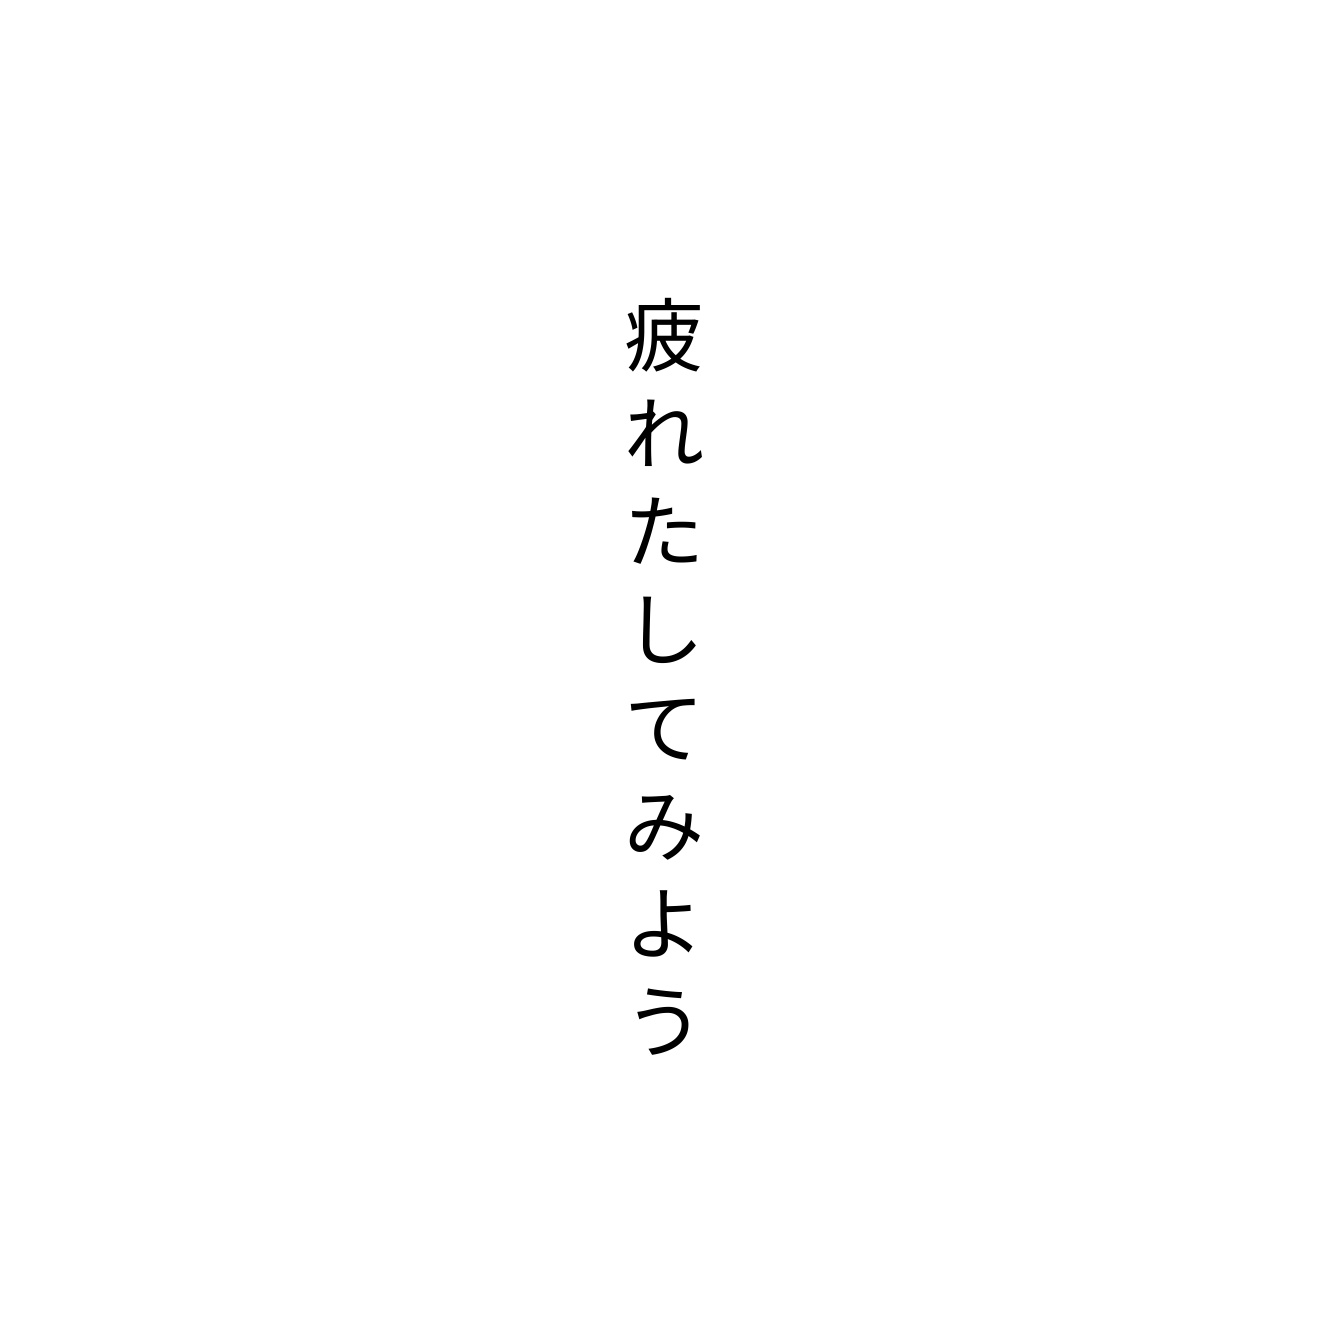
疲れたしてみよう